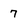
Character: 7